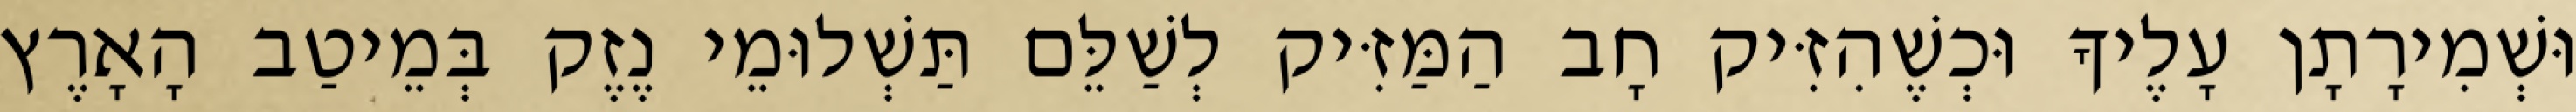
וּשְׁמִירָתָן עָלֶיךָ וּכְשֶׁהִזִּיק חָב הַמַּזִּיק לְשַׁלֵּם תַּשְׁלוּמֵי נֶזֶק בְּמֵיטַב הָאָרֶץ